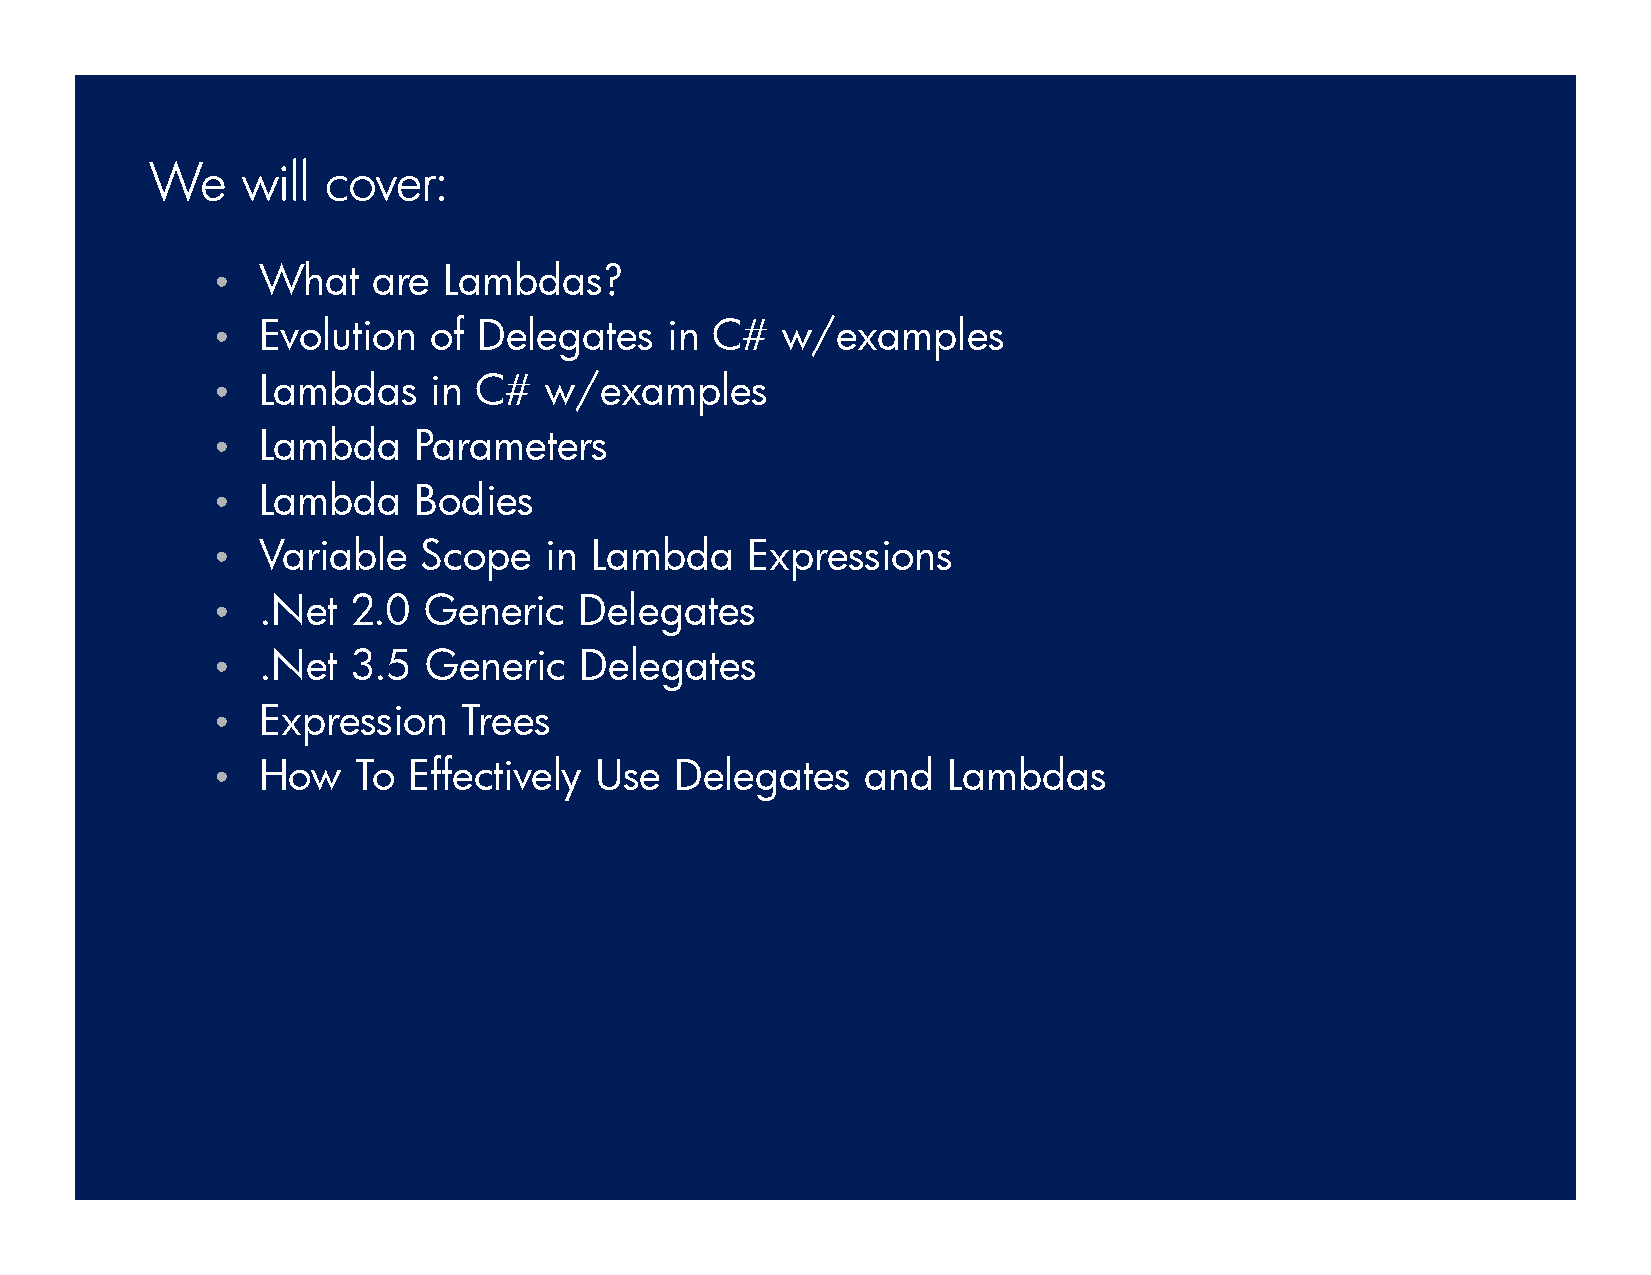
We    will  cover:
 •  What    are Lambdas?
 •  Evolution  of  Delegates   in C#   w/examples
 •  Lambdas     in C#  w/examples
 •  Lambda    Parameters
 •  Lambda    Bodies
 •  Variable   Scope   in Lambda    Expressions
 •  .Net  2.0  Generic   Delegates
 •  .Net  3.5  Generic   Delegates
 •  Expression    Trees
 •  How    To Effectively Use   Delegates   and   Lambdas